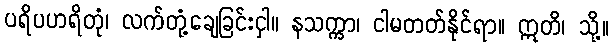
ပရိပဟရိတုံ၊ လက်တုံ့ချေခြင်းငှါ။ နသက္ကာ၊ ငါမတတ်နိုင်ရာ။ ဣတိ၊ သို့။